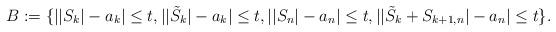
LaTeX: \begin{align*}B:=\{||S_{k}|-a_{k}|\leq t, ||\tilde{S}_{k}|-a_{k}|\leq t,||S_{n}|-a_{n}|\leq t, ||\tilde{S}_{k}+S_{k+1,n}|-a_{n}|\leq t\}.\end{align*}